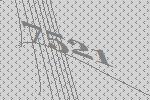
7521